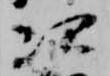
次